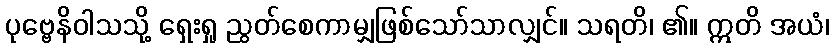
ပုဗ္ဗေနိဝါသသို့ ရှေးရှု ညွတ်စေကာမျှဖြစ်သော်သာလျှင်။ သရတိ၊ ၏။ ဣတိ အယံ၊